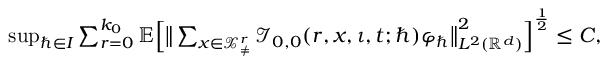
\begin{array} { r } { \operatorname* { s u p } _ { \hbar \in I } \sum _ { r = 0 } ^ { k _ { 0 } } \mathbb { E } \Big [ \big \lVert \sum _ { \boldsymbol { x } \in \mathcal { X } _ { \neq } ^ { r } } \mathcal { I } _ { 0 , 0 } ( r , \boldsymbol { x } , \iota , t ; \hbar ) \varphi _ { \hbar } \big \rVert _ { L ^ { 2 } ( \mathbb { R } ^ { d } ) } ^ { 2 } \Big ] ^ { \frac { 1 } { 2 } } \leq C , } \end{array}